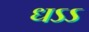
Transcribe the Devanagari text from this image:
धऽऽ